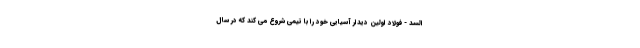
السد - فولاد اولین دیدار آسیایی خود را با تیمی شروع می کند که در سال